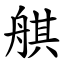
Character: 䑴